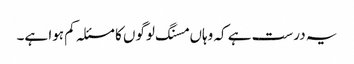
یہ درست ہے کہ وہاں مسنگ لوگوں کا مسئلہ کم ہوا ہے۔